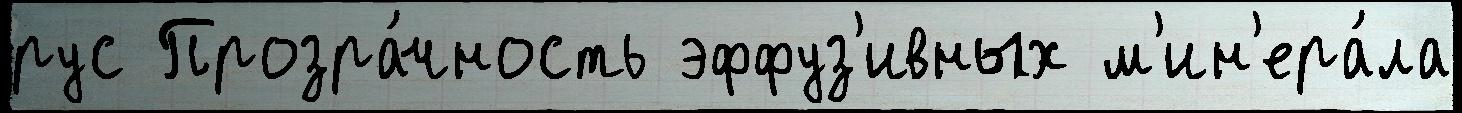
рус Прозра́чность эффуз'ивных м'ин'ера́ла